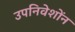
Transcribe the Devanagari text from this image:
उपनिवेशोंन